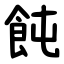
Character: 飩